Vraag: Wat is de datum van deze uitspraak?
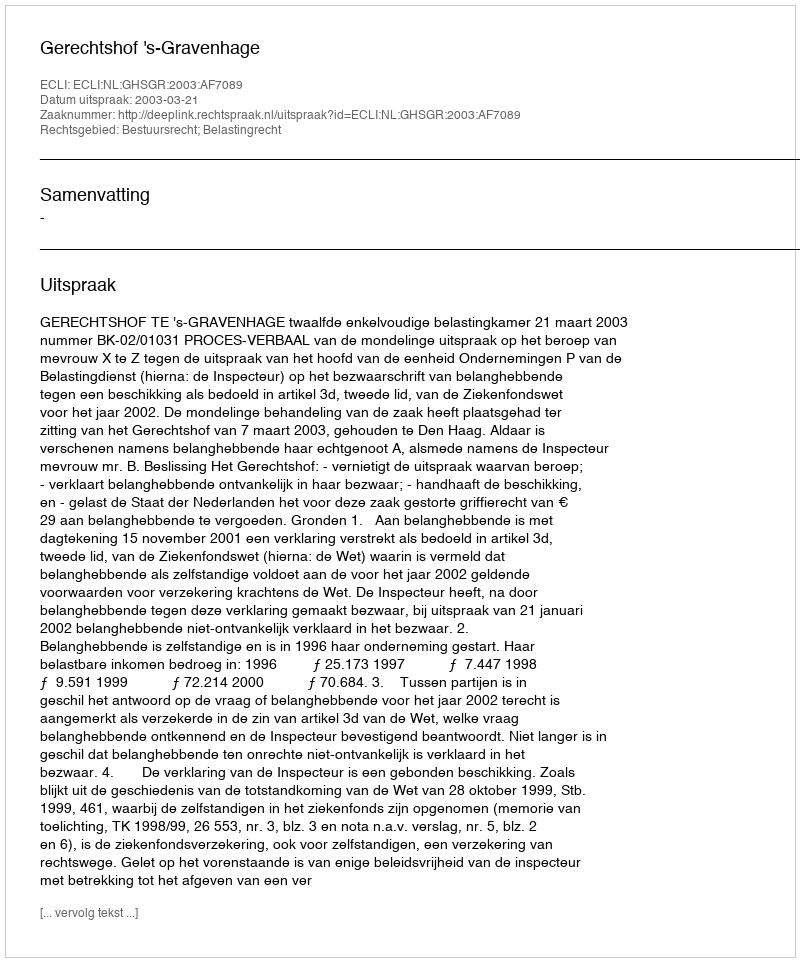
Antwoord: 2003-03-21